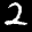
Label: 2